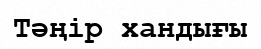
Тәңір хандығы